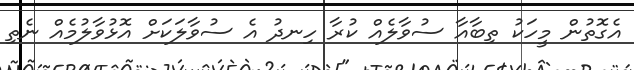
އެގޮތުން މީހަކު ތިބާއާ ސުވާލެއް ކުރާ ހިނދު އެ ސުވާލަކަށް އޮޅުވާލުމެއް ނެތި